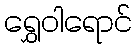
ရွှေဝါရောင်